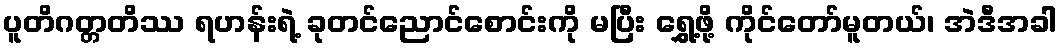
ပူတိဂတ္တတိဿ ရဟန်းရဲ့ ခုတင်ညောင်စောင်းကို မပြီး ရွှေ့ဖို့ ကိုင်တော်မူတယ်၊ အဲဒီအခါ